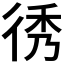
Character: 𢓵